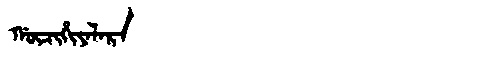
Manchu: ᡤᡡᠴᡳᡥᡳᠶᠠᠯᠠᡵᠠ
Romanization: GŪCIHIYALARA